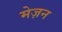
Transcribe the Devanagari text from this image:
मेज़न